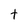
Character: t